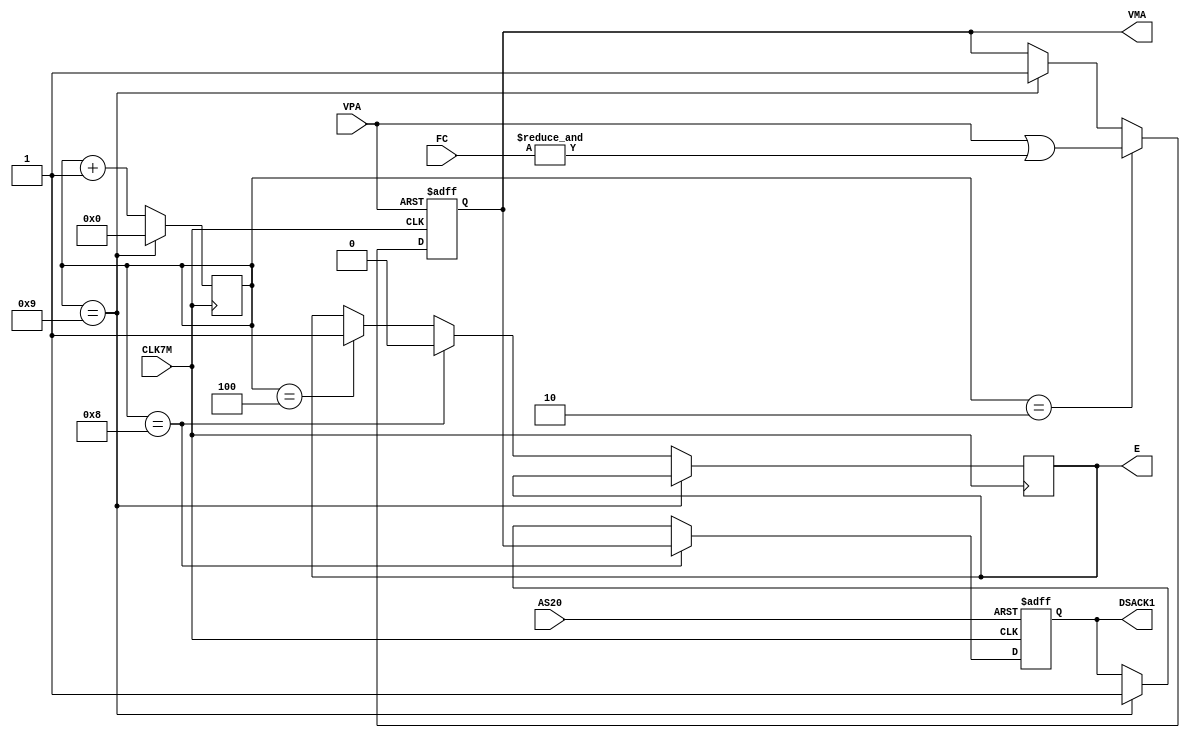
`timescale 1ns / 1ps
/*	
	Copyright (C) 2016-2019, Stephen J. Leary
	All rights reserved.
	
	This file is part of  TF53x (Terrible Fire Accelerator).

	This program is free software; you can redistribute it and/or
	modify it under the terms of the GNU General Public License
	as published by the Free Software Foundation; version 2 only.
	
	This program is distributed in the hope that it will be useful,
	but WITHOUT ANY WARRANTY; without even the implied warranty of
	MERCHANTABILITY or FITNESS FOR A PARTICULAR PURPOSE.  See the
	GNU General Public License for more details.

	You should have received a copy of the GNU General Public License
	along with this program; if not, write to the Free Software
	Foundation, Inc., 51 Franklin Street, Fifth Floor, Boston, MA  02110-1301, USA.
*/


module m6800(

           input                CLK7M,
           input                        AS20,
           input [2:0]  FC,
           input                        VPA,
           output               VMA,
           output reg   E,

           // emulation signal.
           output   DSACK1

       );

wire CPUSPACE = &FC;

// 6800 bus signal emulation.
reg [3:0] Q = 'h4;
reg VMA_SYNC = 1'b1;
reg DSACK1_SYNC = 1'b1;


initial begin

    E = 'b0;

end


/* This block produces the E clock.
 * The E clock is 1/10th of the 68000
 * clock speed. e.g 709Khz on a PAL amiga.
 * 
 * 
 * Q    |9|0|1|2|3|4|5|6|7|8|9|0|1|2|3|4|5|6|7|8|9|0|
 *                   ________            ________
 * E    ____________|        |__________|        |___
 *      ____________________                 ________         
 * VMA                      |_______________|          
 *      ________________________________     ________
 * DTACKS                               |___|        
 *
 * DTACKS will disassert when AS20 goes high. 
 */
always @(posedge CLK7M) begin

    // Q counts from 0 to 9
    // in the 7Mz clock domain
    if (Q == 'd9) begin

        Q <= 'd0;

    end else begin

        Q <= Q + 'd1;

        if (Q == 'd4) begin

            E <= 'b1;

        end

        if (Q == 'd8) begin

            E <= 'b0;

        end

    end

end

/* This block takes care of the VMA signal
 * which is used to acknowledge to old 6800
 * style hardware that a bus transfer has 
 * happened. Resets when the CPU AS is disasserted */
always @(posedge CLK7M or posedge VPA) begin

    if (VPA == 1'b1) begin

        VMA_SYNC <= 1'b1;

    end else begin

        if (Q == 'd9) begin

            VMA_SYNC <= 1'b1;

        end

        if (Q == 'd2) begin

            VMA_SYNC <= VPA | CPUSPACE;

        end

    end

end

always @(posedge CLK7M or posedge AS20) begin

    if (AS20 == 1'b1) begin

        DSACK1_SYNC <= 1'b1;

    end else begin

        if (Q == 'd9) begin

            DSACK1_SYNC <= 1'b1;

        end

        if (Q == 'd8) begin

            DSACK1_SYNC <= VMA_SYNC;

        end

    end

end

assign VMA = VMA_SYNC;
assign DSACK1 = DSACK1_SYNC;

endmodule